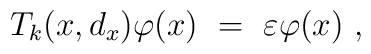
T_k(x,d_x) \varphi (x)\ = \ \varepsilon \varphi (x)\ ,